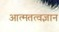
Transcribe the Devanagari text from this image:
आत्मतत्वज्ञान